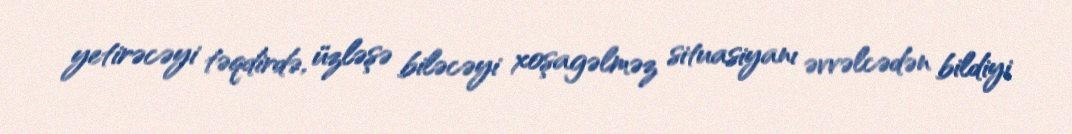
yetirəcəyi təqdirdə, üzləşə biləcəyi xoşagəlməz situasiyanı əvvəlcədən bildiyi